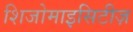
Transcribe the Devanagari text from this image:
शिजोमाइसिटीज़